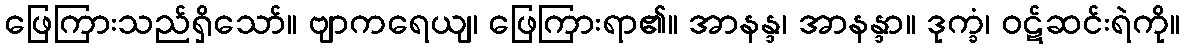
ဖြေကြားသည်ရှိသော်။ ဗျာကရေယျ၊ ဖြေကြားရာ၏။ အာနန္ဒ၊ အာနန္ဒာ။ ဒုက္ခံ၊ ဝဋ်ဆင်းရဲကို။